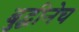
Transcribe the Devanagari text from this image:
बुद्धीनेच